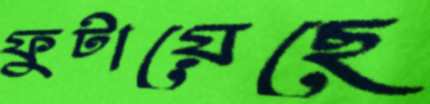
ফুটায়েছে